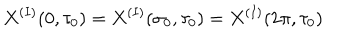
X ^ { ( I ) } ( 0 , \tau _ { 0 } ) = X ^ { ( I ) } ( \sigma _ { 0 } , \tau _ { 0 } ) = X ^ { ( I ) } ( 2 \pi , \tau _ { 0 } )